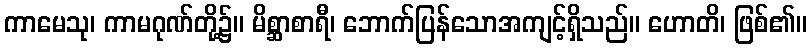
ကာမေသု၊ ကာမဂုဏ်တို့၌။ မိစ္ဆာစာရီ၊ ဘောက်ပြန်သောအကျင့်ရှိသည်။ ဟောတိ၊ ဖြစ်၏။